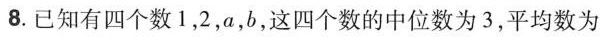
8.已知有四个数1，2，a，b，这四个数的中位数为3，平均数为